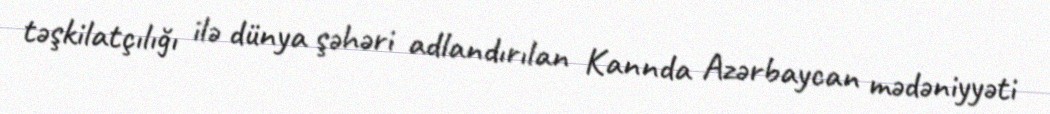
təşkilatçılığı ilə dünya şəhəri adlandırılan Kannda Azərbaycan mədəniyyəti